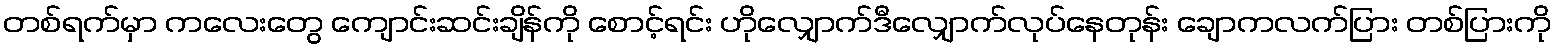
တစ်ရက်မှာ ကလေးတွေ ကျောင်းဆင်းချိန်ကို စောင့်ရင်း ဟိုလျှောက်ဒီလျှောက်လုပ်နေတုန်း ချောကလက်ပြား တစ်ပြားကို